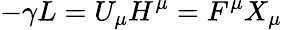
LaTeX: -\gamma L=U_{\mu}H^{\mu}=F^{\mu}X_{\mu}